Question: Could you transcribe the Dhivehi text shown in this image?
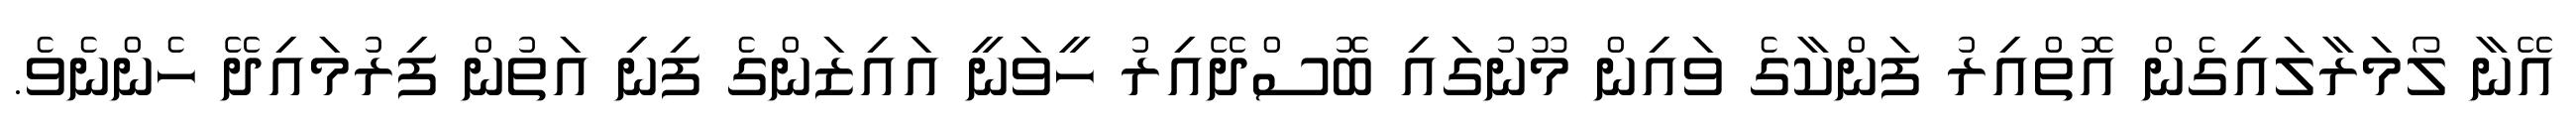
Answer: އޭނާ ލޯމަރާލައިގެން އޮތްއިރު ފަންކާގެ ވައިން މޫނުގައި ބޮސްދޭއިރު ހީވަނީ އައިޒަންގެ ފިނި އަތުން ފިރުމައިދޭ ހެންނެވެ.